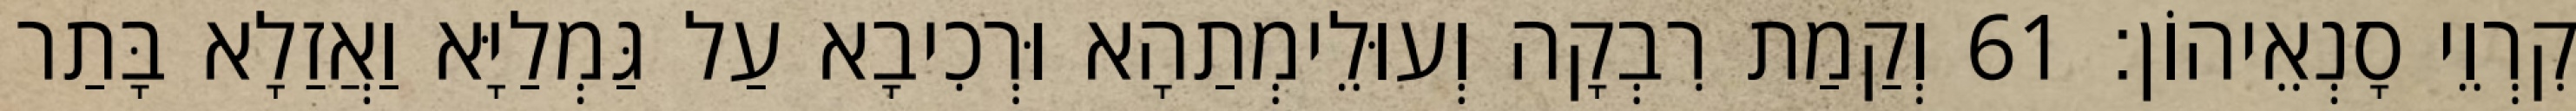
קִרְוֵי סָנְאֵיהוֹן׃ 61 וְקַמַת רִבְקָה וְעוּלֵימְתַהָא וּרְכִיבָא עַל גַּמְלַיָּא וַאֲזַלָא בָּתַר